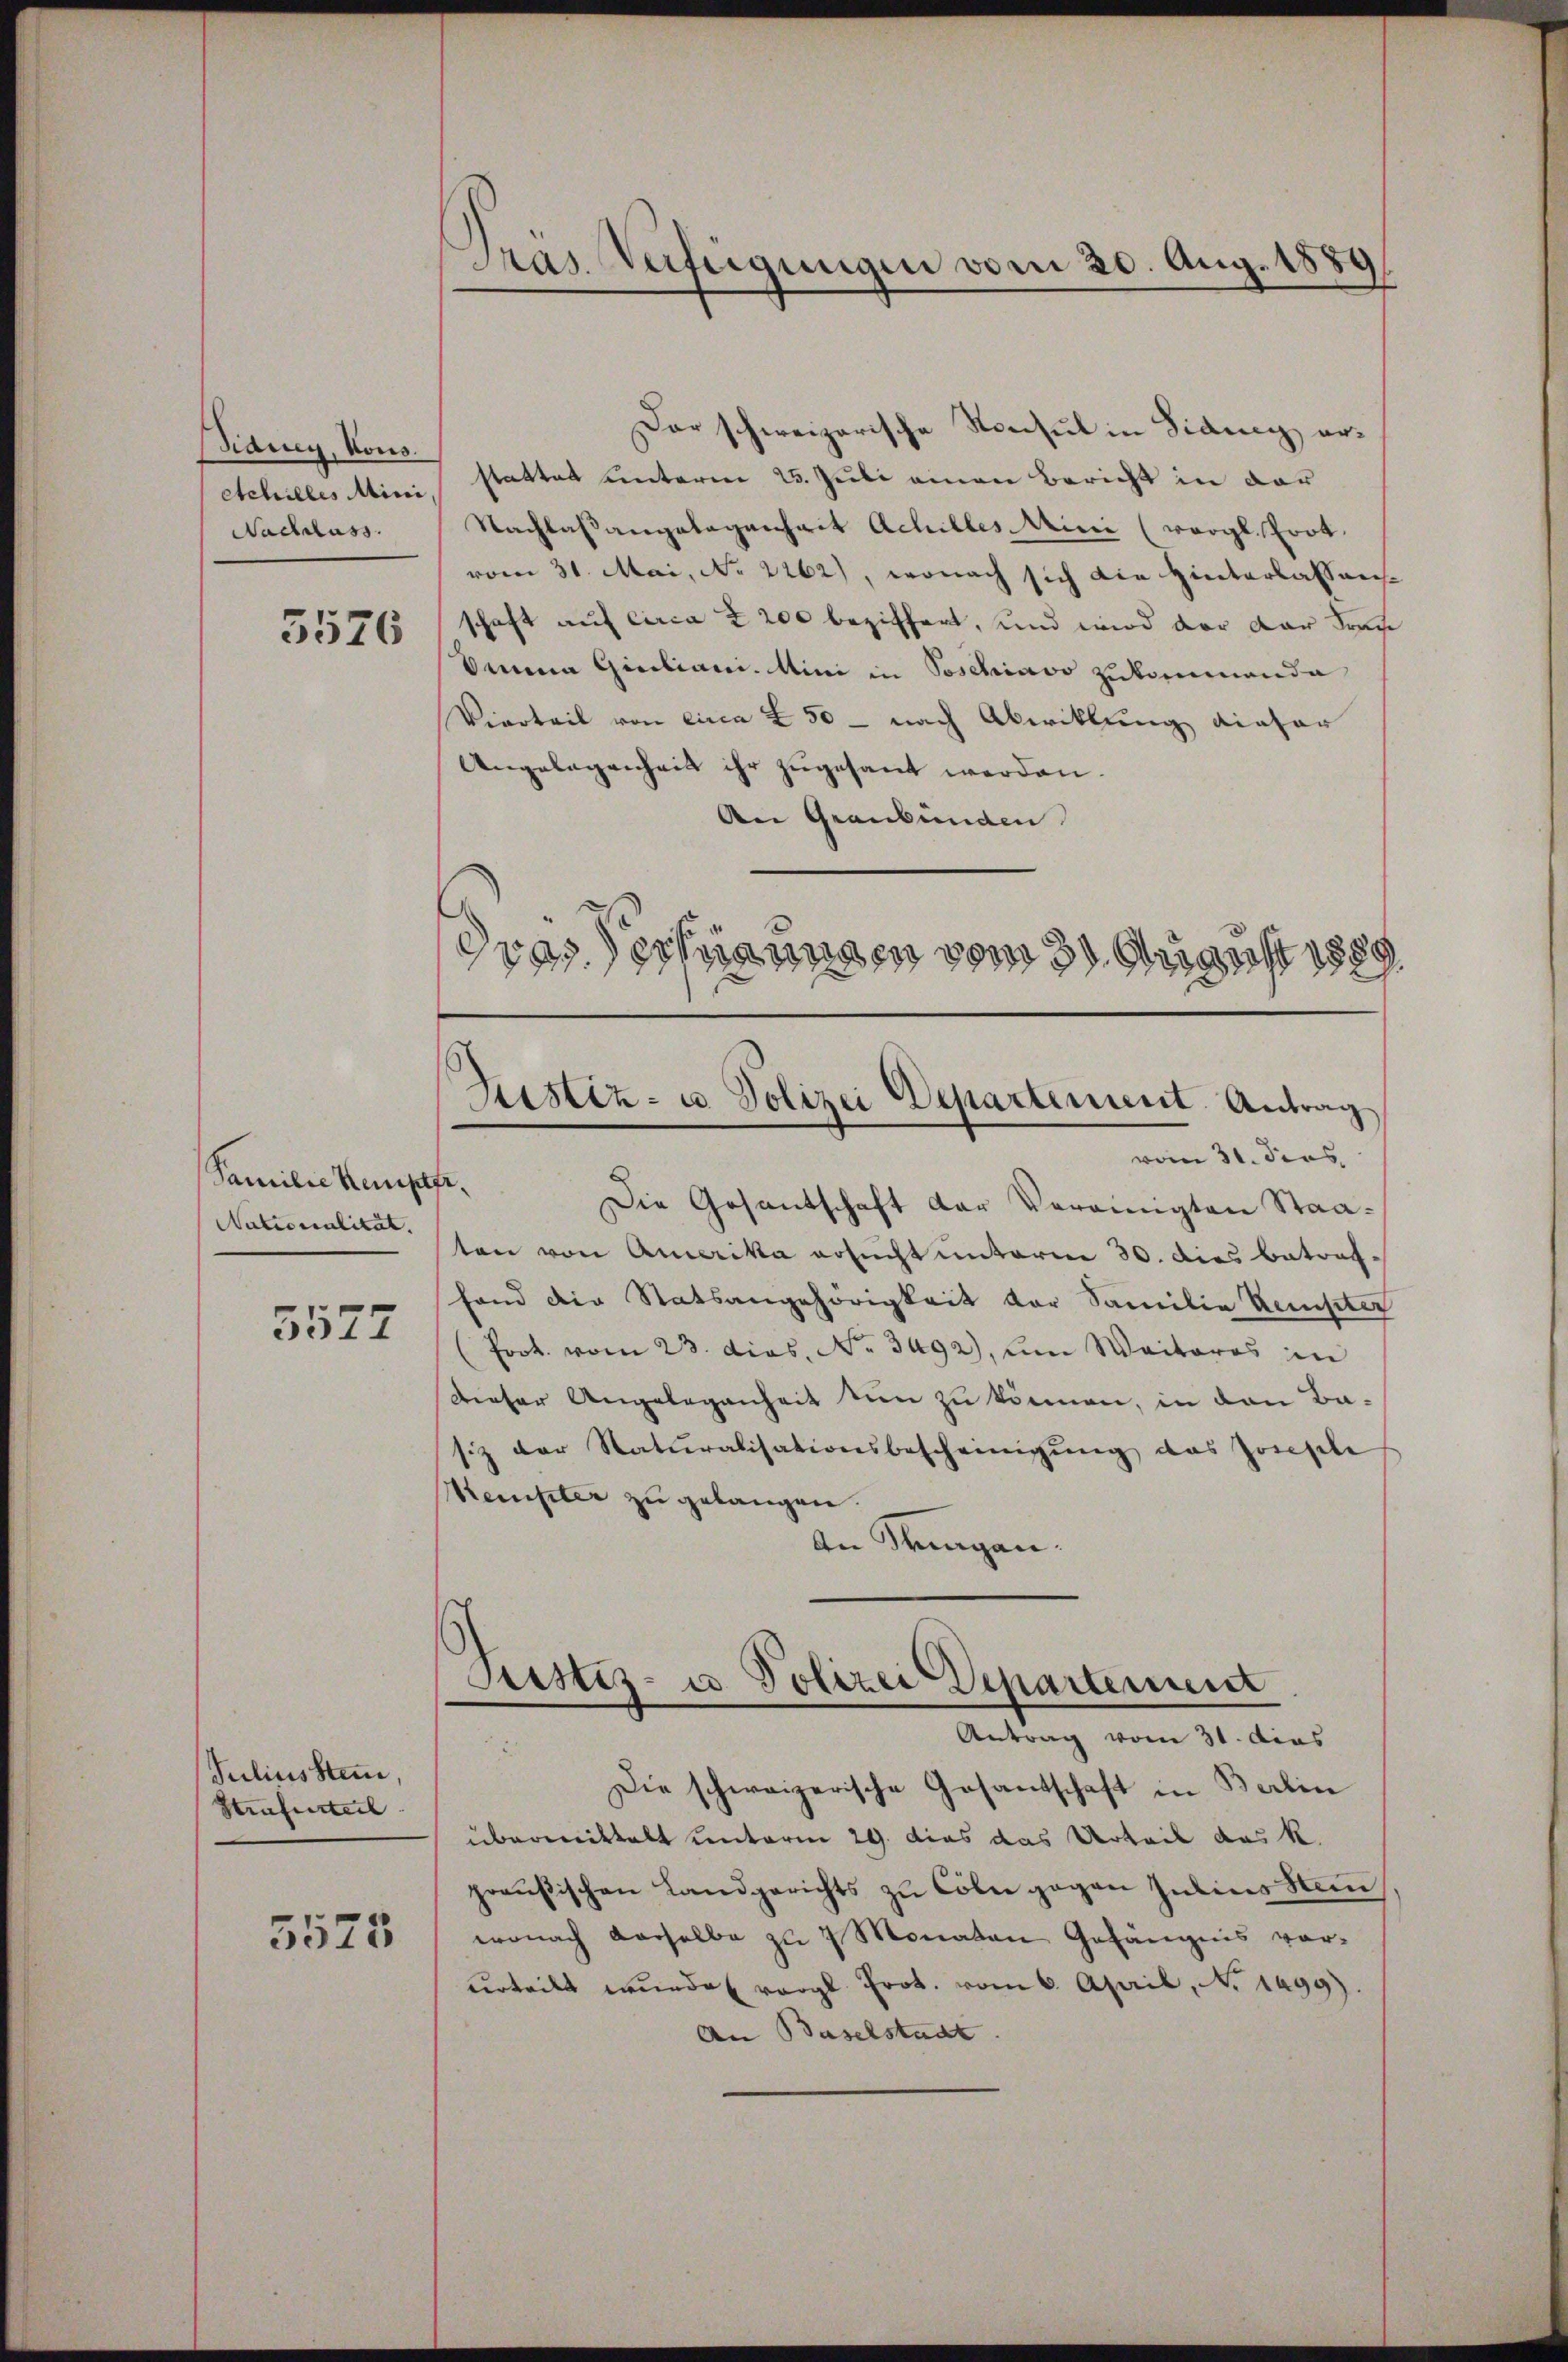
idney, Vous.
Nachlass.

5576

Familie Kempter.
Nationalität.

5577

Julius Stam,
Strafurteil

5575

Bras. Heftigungen vom 20. Aug. 1880

Der schweizerische Konsul in Fidung er¬
Schilles Mini, stattet unterm 25. Juli einen Bericht in der
Nachlaßangelagenheit Achilles Mini (vergl. Prot.
vom 31. Mai, No 2262), wonach sich die Hinterlassens
schaft auf circa 2200 beziffert, und wird der der Frau
Omnia Giuliani. Mini in Poschiavo zukommende
Vierteil von circa 250 - nach Abwicklung dieser
Angelegenheit ihr zugesant werden.
An Graubünden
dras Technungen vom 31. August 1889

Die Gesantschaft der Vereinigten Staaten von Amerika ersucht unterm 30. dies betraf-
fand die Statsangehörigkeit der Familie Kempter
(Prot. vom 23. dies. No. 3492), um Weiteres in
Dieser Angelegenheit tun zu können, in den Basiz der Naturalisationsbescheinigung das Zoisele
Kempter zu gelangen.
In Sagan¬
)
Justiz- u. Polizei Departement
Antrag vom 31. dies
Die schweizerische Gesantschaft in Berlin
übermittelt unterm 29. dies das Urteil das k.
preußischen Landgerichts zu Cöln gegen Julius Stan
wonach derselbe zu 7 Monaten Gefängnis vor-
erteilt wŭrde vergl. Prok. vom 6. April, No. 1499).
An Baselstadt.

Justiz- u. Polizei Departement. Antrag
vom 31. dies